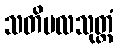
သတိဗလသုတ္တံ